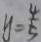
y = \frac { 4 } { 5 }